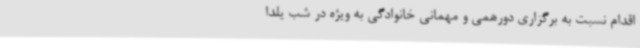
اقدام نسبت به برگزاری دورهمی و مهمانی خانوادگی به ویژه در شب یلدا